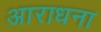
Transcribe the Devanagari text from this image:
अाराधना